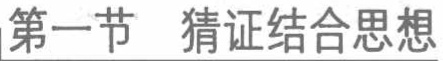
第一节  猜证结合思想